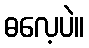
ဓလေ့ပဲ။